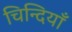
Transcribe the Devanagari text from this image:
चिन्दियाँ